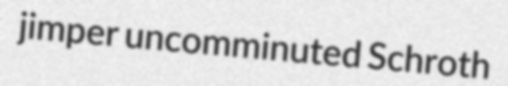
jimper uncomminuted Schroth